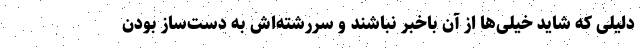
دلیلی که شاید خیلی‌ها از آن باخبر نباشند و سررشته‌اش به دست‌ساز بودن